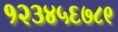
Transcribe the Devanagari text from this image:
१२३४५६७८९